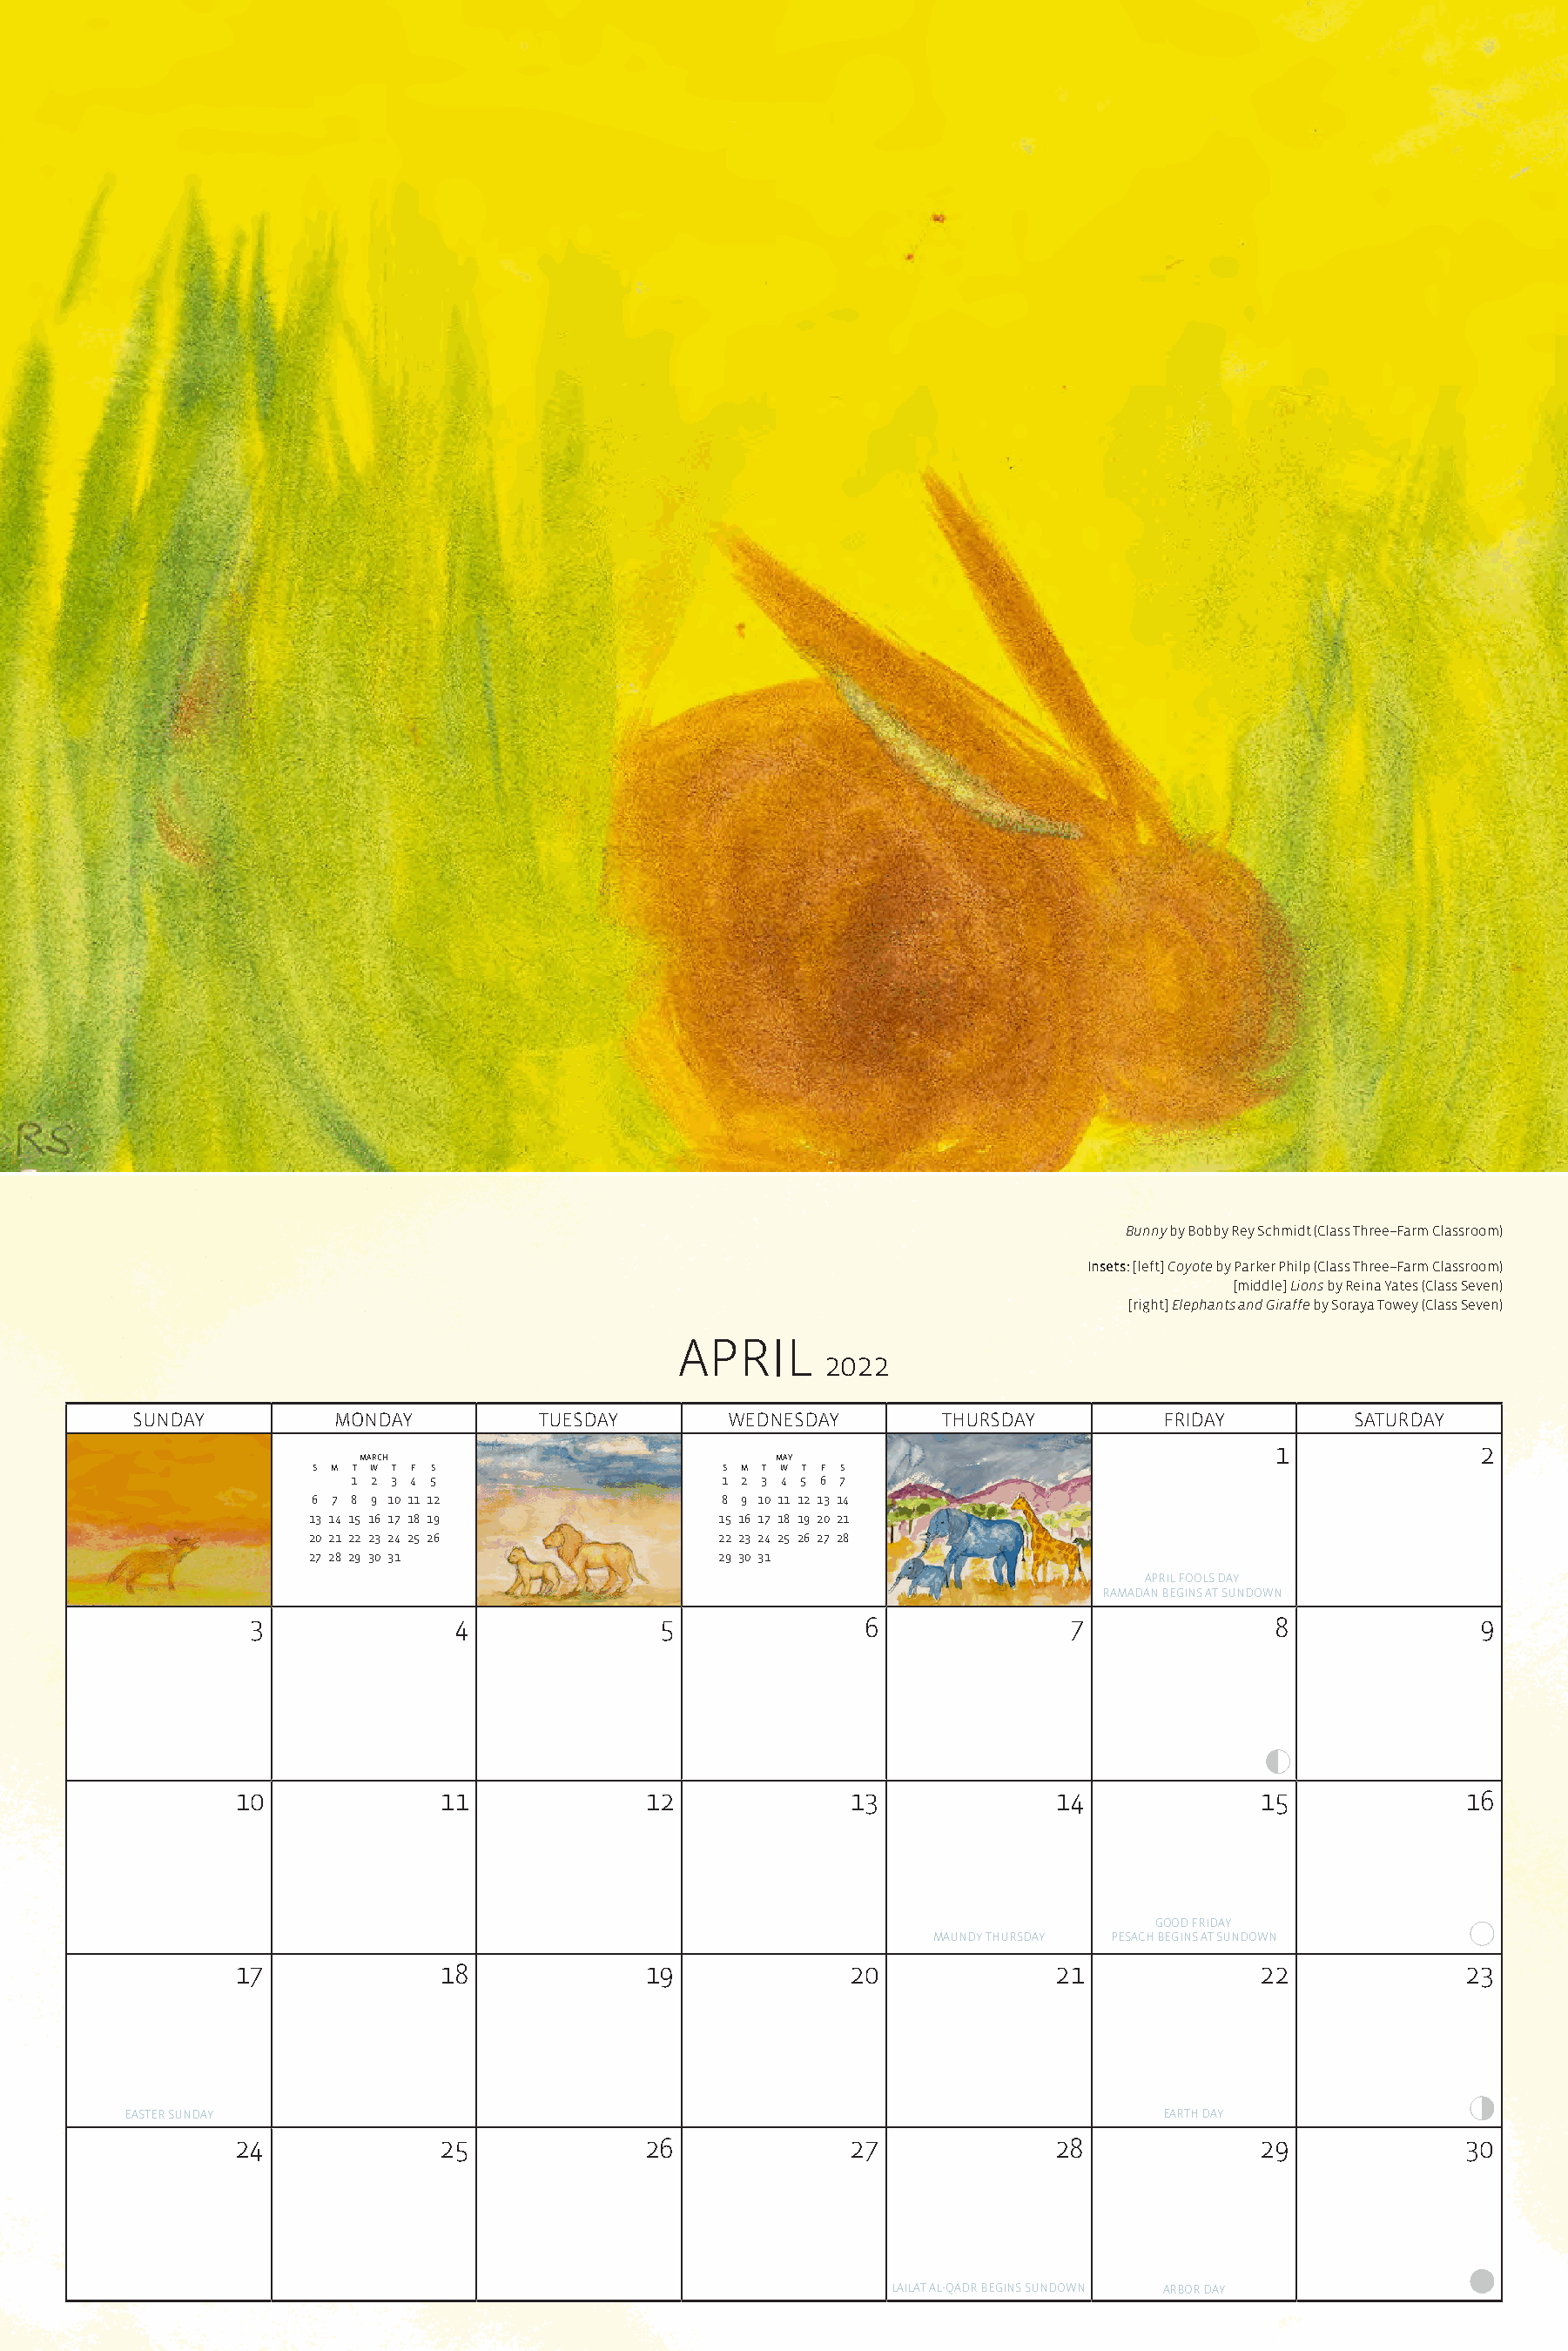
Bunny by Bobby Rey Schmidt (Class Three–Farm Classroom)
 Insets: [left] Coyote by Parker Philp (Class Three–Farm Classroom)
 [middle] Lions by Reina Yates (Class Seven)
 [right] Elephants and Giraffe by Soraya Towey (Class Seven)
 APRIL
 2022
 SUNDAY         MONDAY          TUESDAY       WEDNESDAY        THURSDAY        FRIDAY         SATURDAY
 1              2
 march                           may
 S M T W T F S                  S M T W T F S
 1 2 3 4 5                   1 2 3 4 5 6 7
 6 7 8 9 10 11 12               8 9 10 11 12 13 14
 13 14 15 16 17 18 19            15 16 17 18 19 20 21
 20 21 22 23 24 25 26            22 23 24 25 26 27 28
 27 28 29 30 31                  29 30 31
 APRIL FOOLS DAY
 RAMADAN BEGINS AT SUNDOWN
 3               4              5               6              7               8              9
 10             11              12              13             14              15             16
 GOOD FRIDAY
 MAUNDY THURSDAY PESACH BEGINS AT SUNDOWN
 17             18              19              20             21              22             23
 EASTER SUNDAY                                                                  EARTH DAY
 24             25              26              27             28              29             30
 LAILAT AL-QADR BEGINS SUNDOWN ARBOR DAY